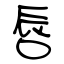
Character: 唇